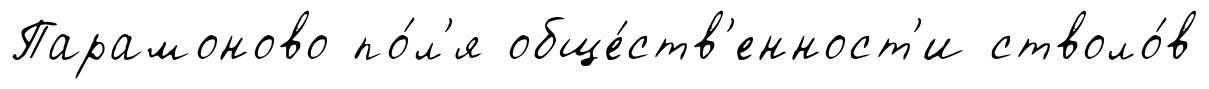
Парамоново по́л'я обще́ств'енност'и стволо́в